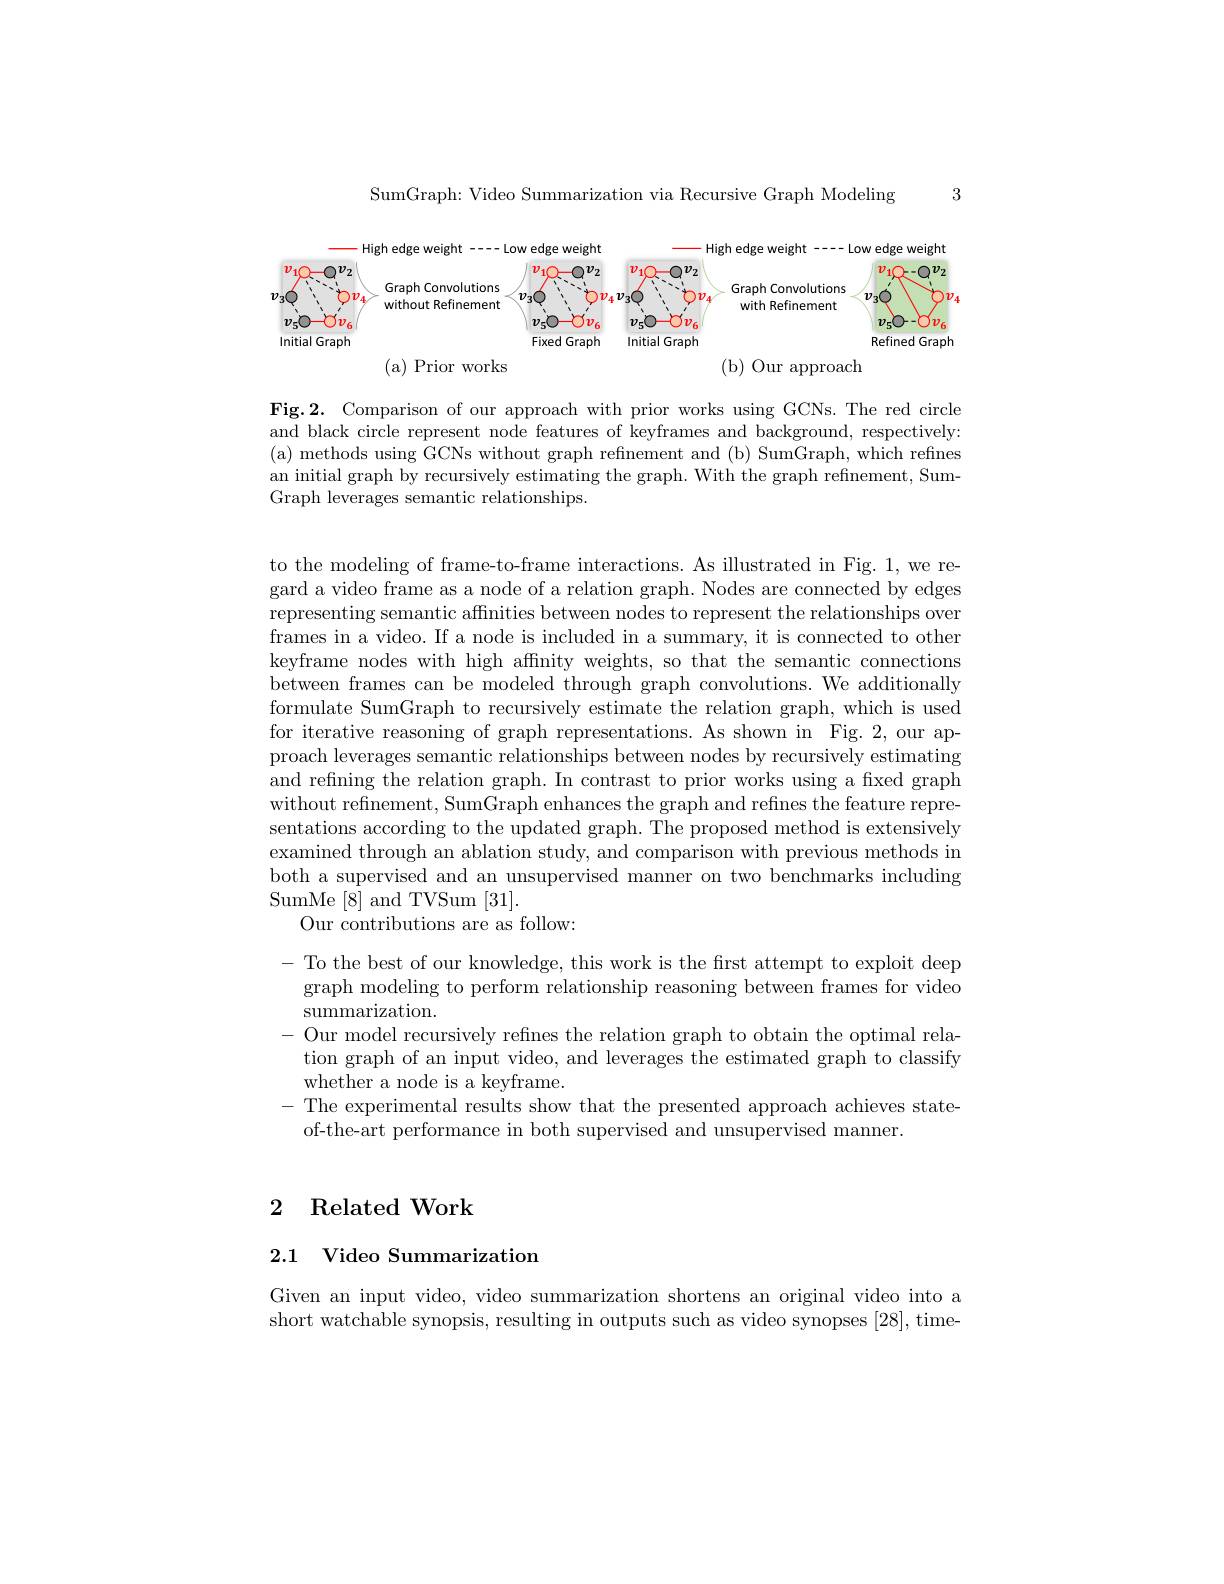
3

SumGraph: Video Summarization via Recursive Graph Modeling

<FigureHere>

Fig.2. Comparison of our approach with prior works using GCNs. The red circle and black circle represent node features of keyframes and background, respectively: ( a) methods using GCNs without graph refinement and ( b) SumGraph, which refines an initial graph by recursively estimating the graph. With the graph refinement, SumGraph leverages semantic relationships.

to the modeling of frame-to-frame interactions. As illustrated in Fig. 1, we regard a video frame as a node of a relation graph. Nodes are connected by edges representing semantic affinities between nodes to represent the relationships over frames in a video. If a node is included in a summary, it is connected to other keyframe nodes with high affnity weights, so that the semantic connections between frames can be modeled through graph convolutions. We additionally formulate SumGraph to recursively estimate the relation graph, which is used for iterative reasoning of graph representations. As shown in Fig. 2, our approach leverages semantic relationships between nodes by recursively estimating and refining the relation graph. In contrast to prior works using a fixed graph without refinement, SumGraph enhances the graph and refines the feature representations according to the updated graph. The proposed method is extensively examined through an ablation study, and comparison with previous methods in both a supervised and an unsupervised manner on two benchmarks including SumMe[8]and TVSum[31].
Our contributions are as follow:

- To the best of our knowledge, this work is the first attempt to exploit deep
graph modeling to perform relationship reasoning between frames for video
summarization.
- Our model recursively refines the relation graph to obtain the optimal rela-
tion graph of an input video, and leverages the estimated graph to classify
whether a node is a keyframe.
- The experimental results show that the presented approach achieves state-
of-the-art performance in both supervised and unsupervised manner.

# 2 Related Work

2.1 Video Summarization

Given an input video, video summarization shortens an original video into a short watchable synopsis, resulting in outputs such as video synopses [28], time-